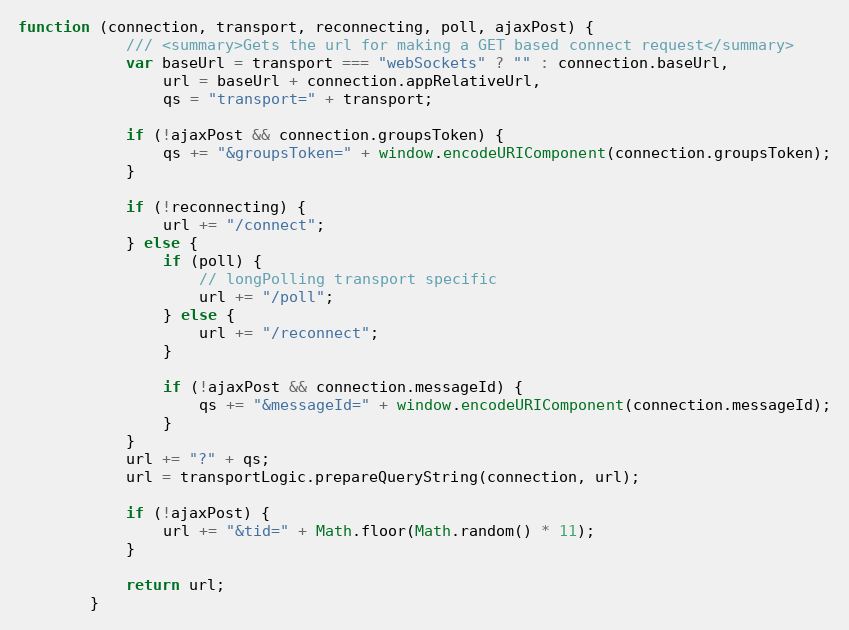
Language: JavaScript
function (connection, transport, reconnecting, poll, ajaxPost) {
            /// <summary>Gets the url for making a GET based connect request</summary>
            var baseUrl = transport === "webSockets" ? "" : connection.baseUrl,
                url = baseUrl + connection.appRelativeUrl,
                qs = "transport=" + transport;

            if (!ajaxPost && connection.groupsToken) {
                qs += "&groupsToken=" + window.encodeURIComponent(connection.groupsToken);
            }

            if (!reconnecting) {
                url += "/connect";
            } else {
                if (poll) {
                    // longPolling transport specific
                    url += "/poll";
                } else {
                    url += "/reconnect";
                }

                if (!ajaxPost && connection.messageId) {
                    qs += "&messageId=" + window.encodeURIComponent(connection.messageId);
                }
            }
            url += "?" + qs;
            url = transportLogic.prepareQueryString(connection, url);

            if (!ajaxPost) {
                url += "&tid=" + Math.floor(Math.random() * 11);
            }

            return url;
        }